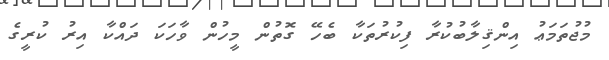
މުޖުތަމަޢު އިންޤިލާބުކުރާ ފިކުރުތަކާ ބެހޭ ގޮތުން މީހުން ވާހަކަ ދައްކާ އިރު ކުރީގެ